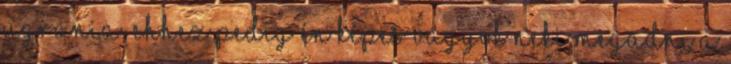
ugrania, ehhez pedig én képes vagyok neki megadni a